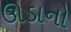
ઊડાનો